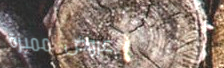
عروض مميزة